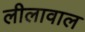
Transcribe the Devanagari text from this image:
लीलावाल